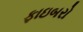
ફાઇબરો